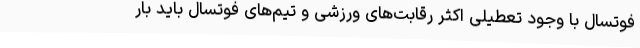
فوتسال با وجود تعطیلی اکثر رقابت‌های ورزشی و تیم‌های فوتسال باید بار